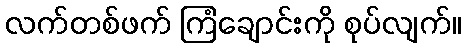
လက်တစ်ဖက် ကြံချောင်းကို စုပ်လျက်။